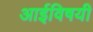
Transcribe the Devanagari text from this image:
आईविषयी